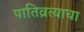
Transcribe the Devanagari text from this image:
पातिव्रत्याचा